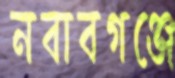
নবাবগঞ্জে